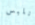
نلبس